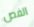
الفص